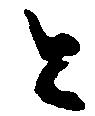
と